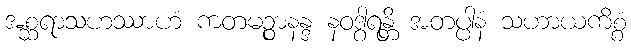
အစ္ဆရာသဟဿာဟံ ကတမဉ္စာနန္ဒ နဝဒွါရန္တိ အတပ္ပါနံ သဟာယကိစ္စံ